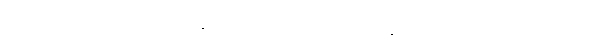
မင်းရဲ့ ကိုယ်ပိုင်ဥစ္စာအဖြစ် သိမ်းဆည်းထားဖို့၊ မင်းရတဲ့ငွေသည် နည်းချင်နည်းနေလိမ့်မယ်၊ သို့သော်